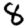
Digit: 8